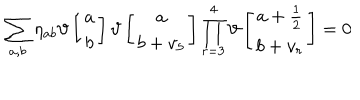
LaTeX: \sum _ { a , b } \eta _ { a b } \vartheta \left[ \begin{array} { c } { { a } } \\ { { b } } \\ \end{array} \right] \vartheta \left[ \begin{array} { c } { { a } } \\ { { b + v _ { 5 } } } \\ \end{array} \right] \prod _ { r = 3 } ^ { 4 } \vartheta \left[ \begin{array} { c } { { a + \frac { 1 } { 2 } } } \\ { { b + v _ { r } } } \\ \end{array} \right] = 0